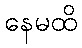
နေမထိ